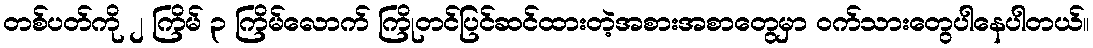
တစ်ပတ်ကို ၂ ကြိမ် ၃ ကြိမ်လောက် ကြိုတင်ပြင်ဆင်ထားတဲ့အစားအစာတွေမှာ ဝက်သားတွေပါနေပါတယ်။